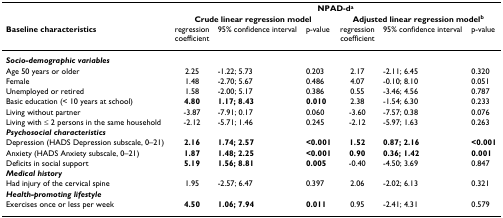
<table><thead><tr><td></td><td colspan="6"><b>NPAD-d<sup>a</sup></b></td></tr><tr><td></td><td colspan="3"><b>Crude linear regression model</b></td><td colspan="3"><b>Adjusted linear regression model<sup>b</sup></b></td></tr><tr><td><b>Baseline characteristics</b></td><td><b>regressioncoefficient</b></td><td><b>95% confidence interval</b></td><td><b>p-value</b></td><td><b>regressioncoefficient</b></td><td><b>95% confidence interval</b></td><td><b>p-value</b></td></tr></thead><tbody><tr><td><b><i>Socio-demographic variables</i></b></td><td></td><td></td><td></td><td></td><td></td><td></td></tr><tr><td>Age 50 years or older</td><td>2.25</td><td>-1.22; 5.73</td><td>0.203</td><td>2.17</td><td>-2.11; 6.45</td><td>0.320</td></tr><tr><td>Female</td><td>1.48</td><td>-2.70; 5.67</td><td>0.486</td><td>4.07</td><td>-0.10; 8.10</td><td>0.051</td></tr><tr><td>Unemployed or retired</td><td>1.58</td><td>-2.00; 5.17</td><td>0.386</td><td>0.55</td><td>-3.46; 4.56</td><td>0.787</td></tr><tr><td>Basic education (&lt; 10 years at school)</td><td><b>4.80</b></td><td><b>1.17; 8.43</b></td><td><b>0.010</b></td><td>2.38</td><td>-1.54; 6.30</td><td>0.233</td></tr><tr><td>Living without partner</td><td>-3.87</td><td>-7.91; 0.17</td><td>0.060</td><td>-3.60</td><td>-7.57; 0.38</td><td>0.076</td></tr><tr><td>Living with ≤ 2 persons in the same household</td><td>-2.12</td><td>-5.71; 1.46</td><td>0.245</td><td>-2.12</td><td>-5.97; 1.63</td><td>0.263</td></tr><tr><td><b><i>Psychosocial characteristics</i></b></td><td></td><td></td><td></td><td></td><td></td><td></td></tr><tr><td>Depression (HADS Depression subscale, 0–21)</td><td><b>2.16</b></td><td><b>1.74; 2.57</b></td><td><b>&lt;0.001</b></td><td><b>1.52</b></td><td><b>0.87; 2.16</b></td><td><b>&lt;0.001</b></td></tr><tr><td>Anxiety (HADS Anxiety subscale, 0–21)</td><td><b>1.87</b></td><td><b>1.48; 2.25</b></td><td><b>&lt;0.001</b></td><td><b>0.90</b></td><td><b>0.36; 1.42</b></td><td><b>0.001</b></td></tr><tr><td>Deficits in social support</td><td><b>5.19</b></td><td><b>1.56; 8.81</b></td><td><b>0.005</b></td><td>-0.40</td><td>-4.50; 3.69</td><td>0.847</td></tr><tr><td><b><i>Medical history</i></b></td><td></td><td></td><td></td><td></td><td></td><td></td></tr><tr><td>Had injury of the cervical spine</td><td>1.95</td><td>-2.57; 6.47</td><td>0.397</td><td>2.06</td><td>-2.02; 6.13</td><td>0.321</td></tr><tr><td><b><i>Health-promoting lifestyle</i></b></td><td></td><td></td><td></td><td></td><td></td><td></td></tr><tr><td>Exercises once or less per week</td><td><b>4.50</b></td><td><b>1.06; 7.94</b></td><td><b>0.011</b></td><td>0.95</td><td>-2.41; 4.31</td><td>0.579</td></tr></tbody></table>